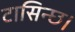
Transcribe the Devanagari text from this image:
टासिन्छ।